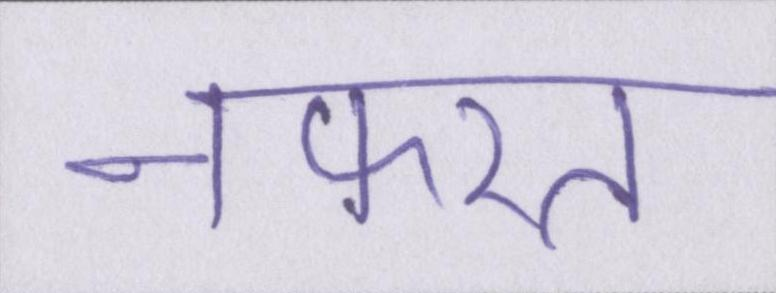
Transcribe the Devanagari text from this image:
नफरत